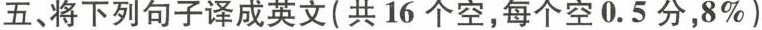
五、将下列句子译成英文(共16个空，每个空0.5分，8%)